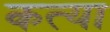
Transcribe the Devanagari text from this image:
कत्या